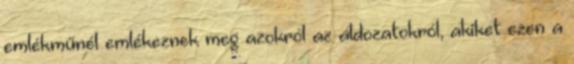
emlékműnél emlékeznek meg azokról az áldozatokról, akiket ezen a